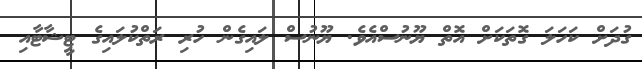
ގުދަށް ކަހަލަ ގޮތަކަށް އޮތް ޔޫނުސްއެވެ. ޔޫނުސް ލައިގެން ހުރި ރަތްކުލައިގެ ޓީޝާޓާއި